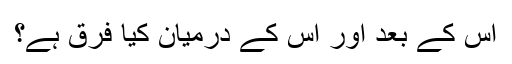
اس کے بعد اور اس کے درمیان کیا فرق ہے؟